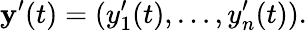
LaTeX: \mathbf{y}^{\prime}(t)=(y_{1}^{\prime}(t),\ldots,y_{n}^{\prime}(t)).